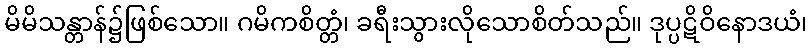
မိမိသန္တာန်၌ဖြစ်သော။ ဂမိကစိတ္တံ၊ ခရီးသွားလိုသောစိတ်သည်။ ဒုပ္ပဋိဝိနောဒယံ၊